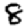
Digit: 8